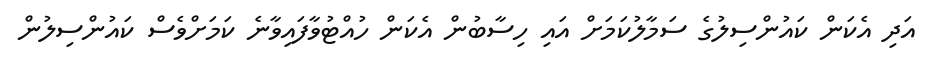
އަދި އެކަން ކައުންސިލުގެ ސަމާލުކަމަށް އައި ހިސާބުން އެކަން ހުއްޓުވާފައިވާނެ ކަމަށްވެސް ކައުންސިލުން